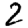
Digit: 2